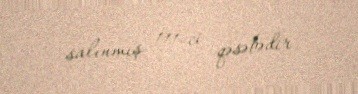
salınmış 111-ci qəsəbədir.